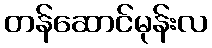
တန်ဆောင်မုန်းလ